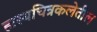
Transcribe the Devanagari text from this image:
हास्यचित्रकलेतील